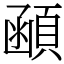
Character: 顄